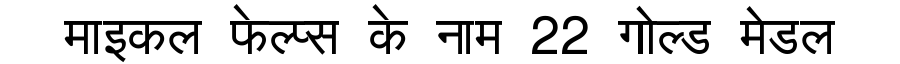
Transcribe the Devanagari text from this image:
माइकल फेल्प्स के नाम 22 गोल्ड मेडल